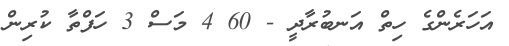
އަހަރެންގެ ހިތް އަނބުރާދީ - 60 4 މަސް 3 ހަފްތާ ކުރިން